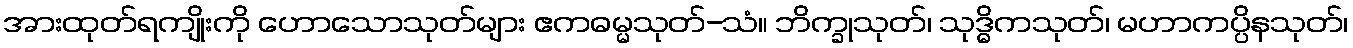
အားထုတ်ရကျိုးကို ဟောသောသုတ်များ ဧကဓမ္မသုတ်-သံ။ ဘိက္ခုသုတ်၊ သုဒ္ဓိကသုတ်၊ မဟာကပ္ပိနသုတ်၊